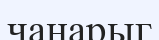
чанарыг